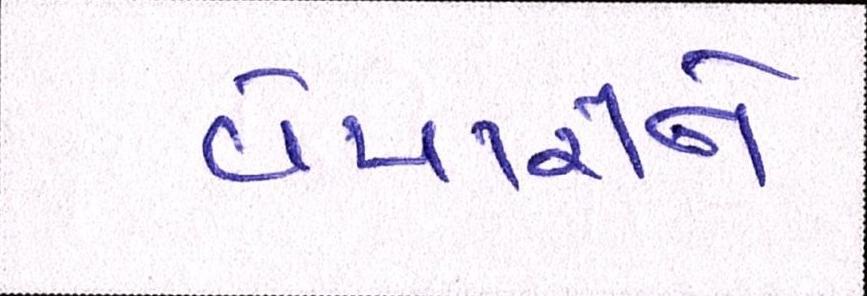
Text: વેપારીને